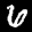
Label: 6